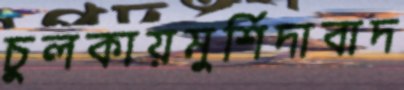
চুলকায়মুর্শিদাবাদ